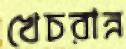
খেচরান্ন